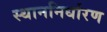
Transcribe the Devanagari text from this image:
स्थाननिर्धारण